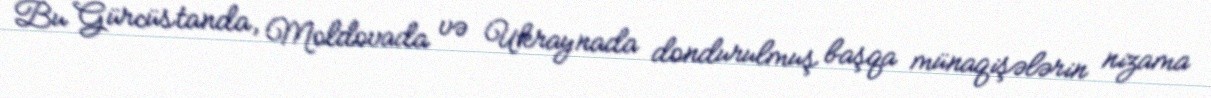
Bu Gürcüstanda, Moldovada və Ukraynada dondurulmuş başqa münaqişələrin nizama